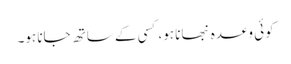
کوئی وعدہ نبھانا ہو،کسی کے ساتھ جانا ہو۔